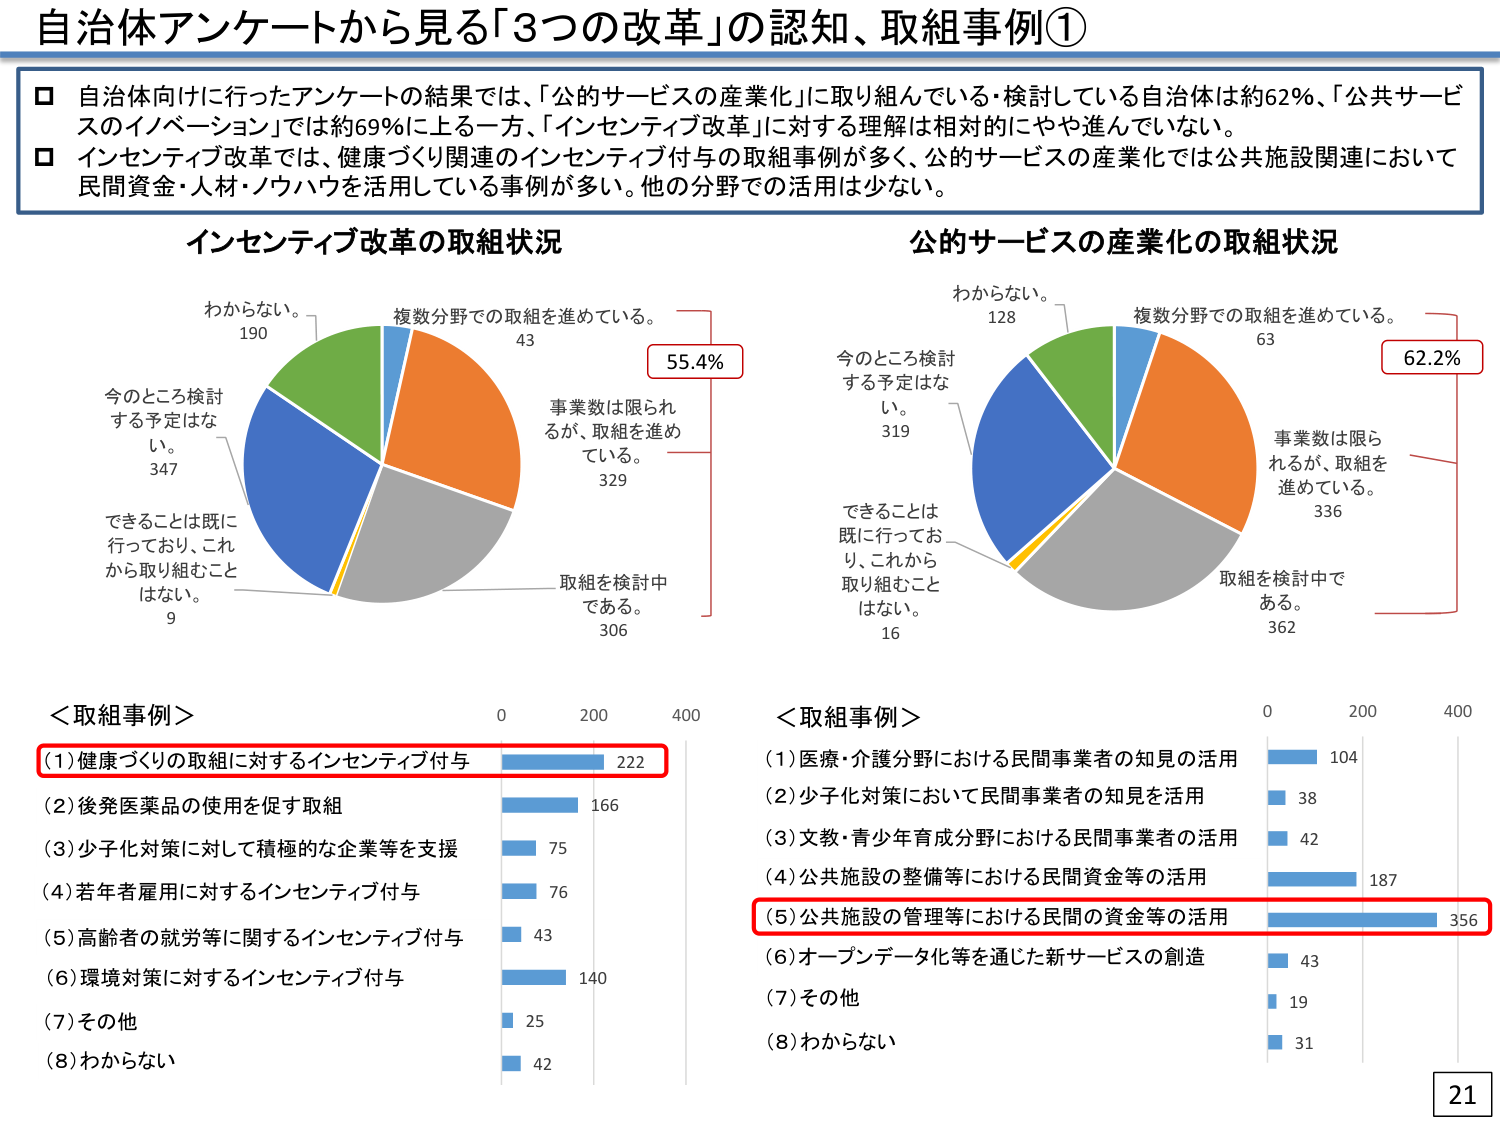
自治体アンケートから見る「3つの改革」の認知、取組事例①

□ 自治体向けに行ったアンケートの結果では、「公的サービスの産業化」に取り組んでいる・検討している自治体は約62％、「公共サービスのイノベーション」では約69％に上る一方、「インセンティブ改革」に対する理解は相対的にやや進んでいない。
□ インセンティブ改革では、健康づくり関連のインセンティブ付与の取組事例が多く、公的サービスの産業化では公共施設関連において民間資金・人材・ノウハウを活用している事例が多い。他の分野での活用は少ない。

インセンティブ改革の取組状況
わからない。 190
今のところ検討する予定はない。 347
できることは既に行っており、これから取り組むことはない。 9
複数分野での取組を進めている。 43
事業数は限られるが、取組を進めている。 329
取組を検討中である。 306
55.4%

公的サービスの産業化の取組状況
わからない。 128
今のところ検討する予定はない。 319
できることは既に行っており、これから取り組むことはない。 16
複数分野での取組を進めている。 63
事業数は限られるが、取組を進めている。 336
取組を検討中である。 362
62.2%

＜取組事例＞
(1)健康づくりの取組に対するインセンティブ付与 222
(2)後発医薬品の使用を促す取組 166
(3)少子化対策に対して積極的な企業等を支援 75
(4)若年者雇用に対するインセンティブ付与 76
(5)高齢者の就労等に関するインセンティブ付与 43
(6)環境対策に対するインセンティブ付与 140
(7)その他 25
(8)わからない 42

＜取組事例＞
(1)医療・介護分野における民間事業者の知見の活用 104
(2)少子化対策において民間事業者の知見を活用 38
(3)文教・青少年育成分野における民間事業者の活用 42
(4)公共施設の整備等における民間資金等の活用 187
(5)公共施設の管理等における民間の資金等の活用 356
(6)オープンデータ化等を通じた新サービスの創造 43
(7)その他 19
(8)わからない 31

21